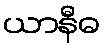
ယာနီဓ